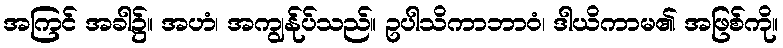
အကြင် အခါ၌။ အဟံ၊ အကျွန်ုပ်သည်။ ဥပါသိကာဘာဝံ၊ ဒါယိကာမ၏ အဖြစ်ကို။